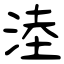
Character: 淕